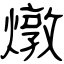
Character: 燉